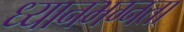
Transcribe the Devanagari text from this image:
ध्यानभग्नता